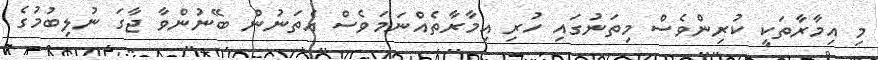
މި އިމާރާތަކީ ކުރިންވެސް މިތަނުގައި ހުރި އިމާރާތެއްނަމަވެސް އެތަނުން ބޭނުންވާ ޖާގަ ނުލިބުމުގެ